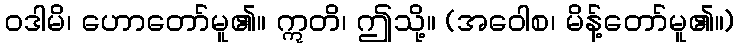
ဝဒါမိ၊ ဟောတော်မူ၏။ ဣတိ၊ ဤသို့။ (အဝေါစ၊ မိန့်တော်မူ၏။)